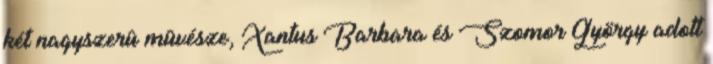
két nagyszerû mûvésze, Xantus Barbara és Szomor György adott